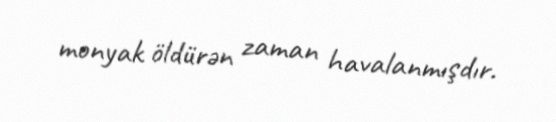
monyak öldürən zaman havalanmışdır.